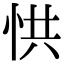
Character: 㤨